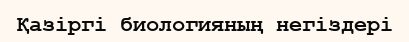
Қазіргі биологияның негіздері